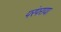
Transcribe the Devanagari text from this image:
परंपराया